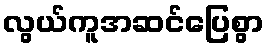
လွယ်ကူအဆင်ပြေစွာ